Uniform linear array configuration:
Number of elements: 4
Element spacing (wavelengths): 1
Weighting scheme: blackman
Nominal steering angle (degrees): -15
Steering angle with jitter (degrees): -14.537
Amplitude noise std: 0.05
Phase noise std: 0.05

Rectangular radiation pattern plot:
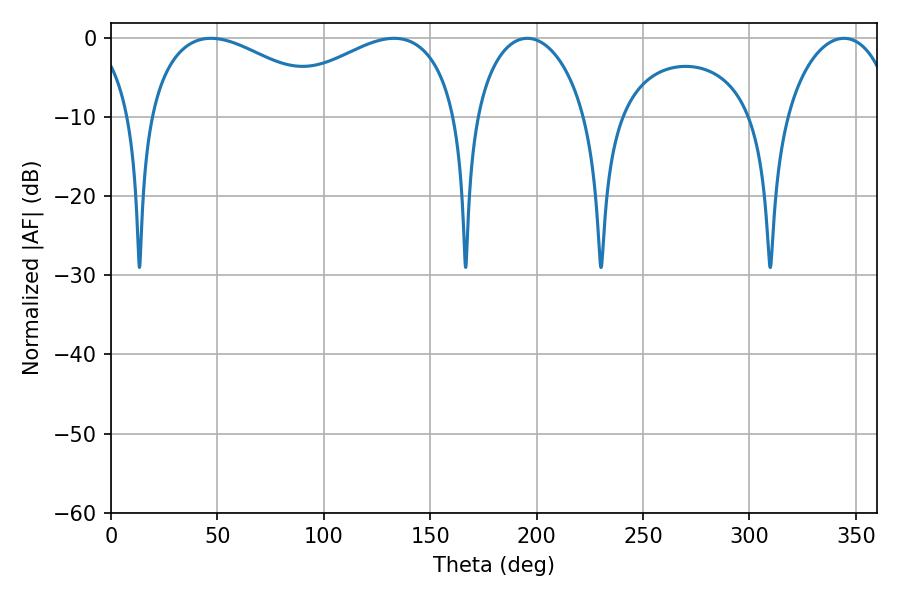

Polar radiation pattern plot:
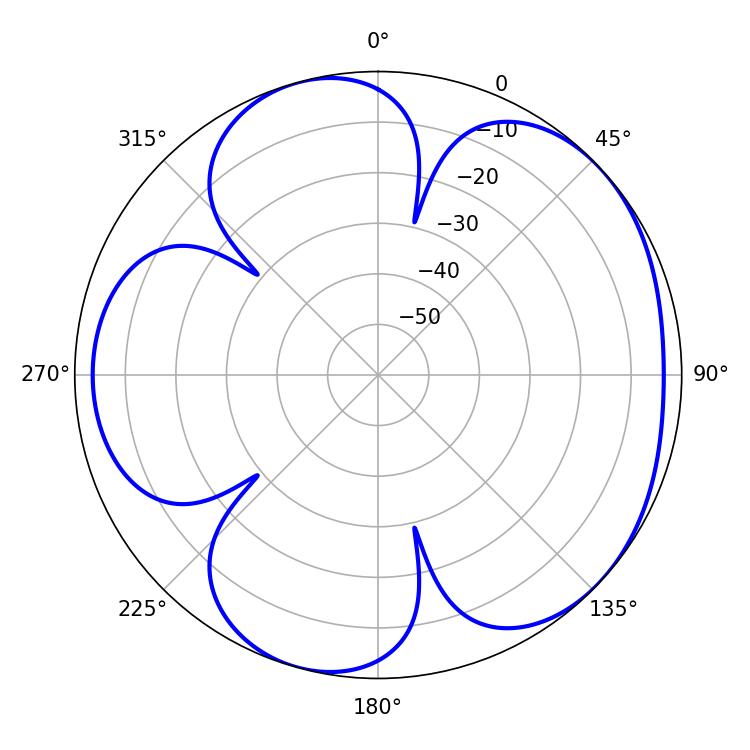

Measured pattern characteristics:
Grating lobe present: TRUE
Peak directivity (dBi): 4.804
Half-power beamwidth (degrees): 50.04
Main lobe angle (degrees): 46.98